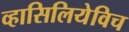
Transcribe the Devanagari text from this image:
व्हासिलियेविच